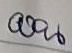
บน